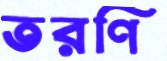
তরণি